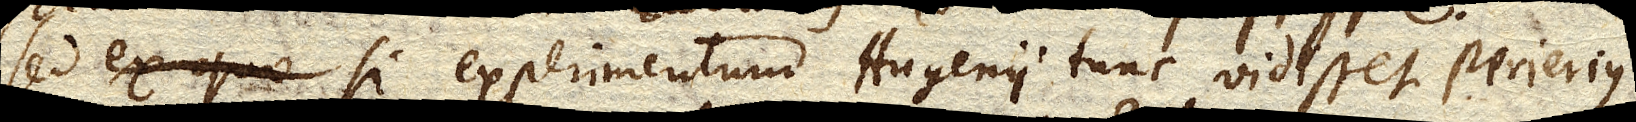
Sed ex quo si experimentum Hugenii tunc vidisset Perierius